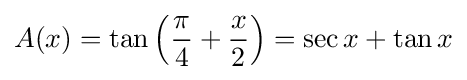
A(x)=\tan \left({\frac {\pi }{4}}+{\frac {x}{2}}\right)=\sec x+\tan x